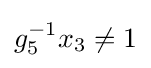
g_{5}^{-1}x_{3}\neq 1